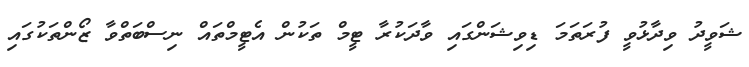
ޝަވީދު ވިދާޅުވީ ފުރަތަމަ ޑިވިޝަންގައި ވާދަކުރާ ޓީމް ތަކުން އެޓީމްތައް ނިސްބަތްވާ ޒޯންތަކުގައި